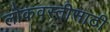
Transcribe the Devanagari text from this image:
लोकवस्तीसाठी